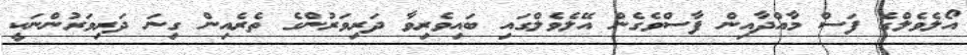
އޯލެވެލްގެ ފަސް މާއްދާއިން ފާސްވެގެން އޭލެވެލްގައި ބައިވެރިވާ ދަރިވަރުންގެ ތެރެއިން ގިނަ ދަރިވަރުންނަކީ